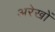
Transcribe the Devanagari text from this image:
अरेखों